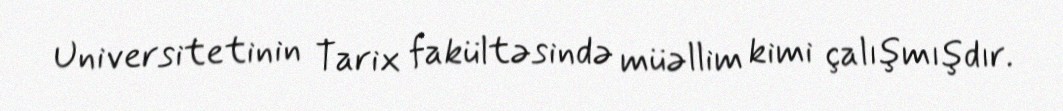
Universitetinin Tarix fakültəsində müəllim kimi çalışmışdır.